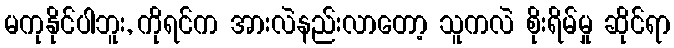
မကုနိုင်ပါဘူး, ကိုရင်က အားလဲနည်းလာတော့ သူကလဲ စိုးရိမ်မှု ဆိုင်ရာ